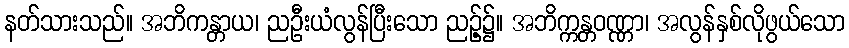
နတ်သားသည်။ အဘိကန္တာယ၊ ညဦးယံလွန်ပြီးသော ညဉ့်၌။ အဘိက္ကန္တဝဏ္ဏာ၊ အလွန်နှစ်လိုဖွယ်သော